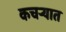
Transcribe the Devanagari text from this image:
कचर्‍यात